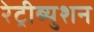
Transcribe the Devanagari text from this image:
रेट्रीब्युशन